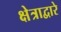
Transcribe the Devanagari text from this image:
क्षेत्राद्वारे